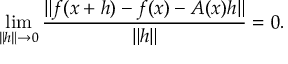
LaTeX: \operatorname* { l i m } _ { \| h \| \to 0 } { \frac { \| f ( x + h ) - f ( x ) - A ( x ) h \| } { \| h \| } } = 0 .